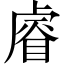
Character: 𥈠